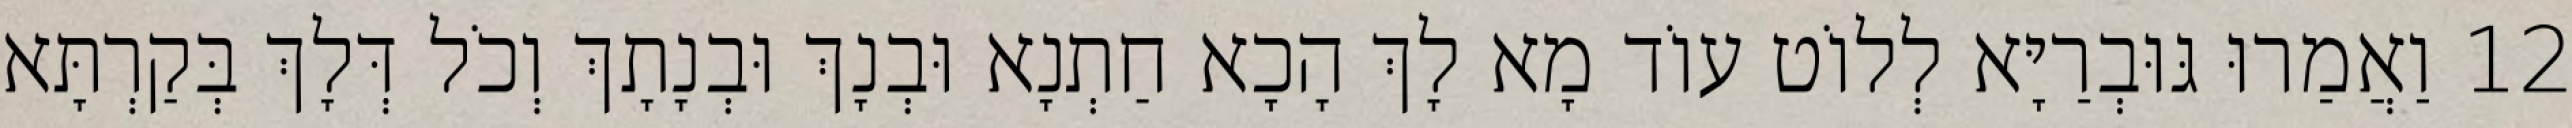
12 וַאֲמַרוּ גּוּבְרַיָּא לְלוֹט עוֹד מָא לָךְ הָכָא חַתְנָא וּבְנָךְ וּבְנָתָךְ וְכֹל דְּלָךְ בְּקַרְתָּא